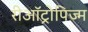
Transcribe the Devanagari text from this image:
रीऑट्रोपिज्म